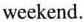
weekend.